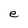
Character: e